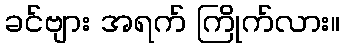
ခင်ဗျား အရက် ကြိုက်လား။